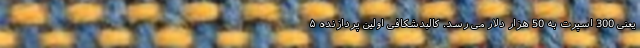
یعنی 300 اسپرت به 50 هزار دلار می رسد. کالبدشکافی اولین پردازنده ۵